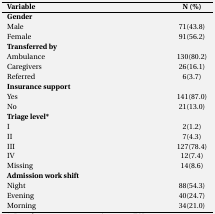
<table><thead><tr><td><b>Variable</b></td><td><b>N (%)</b></td></tr><tr><td><b>Gender</b></td><td></td></tr></thead><tbody><tr><td>Male</td><td>71(43.8)</td></tr><tr><td>Female</td><td>91(56.2)</td></tr><tr><td><b>Transferred by</b></td><td></td></tr><tr><td>Ambulance</td><td>130(80.2)</td></tr><tr><td>Caregivers</td><td>26(16.1)</td></tr><tr><td>Referred</td><td>6(3.7)</td></tr><tr><td><b>Insurance support</b></td><td></td></tr><tr><td>Yes</td><td>141(87.0)</td></tr><tr><td>No</td><td>21(13.0)</td></tr><tr><td><b>Triage level</b>*</td><td></td></tr><tr><td>I</td><td>2(1.2)</td></tr><tr><td>II</td><td>7(4.3)</td></tr><tr><td>III</td><td>127(78.4)</td></tr><tr><td>IV</td><td>12(7.4)</td></tr><tr><td>Missing </td><td>14(8.6)</td></tr><tr><td colspan="2"><b>Admission work shift</b></td></tr><tr><td>Night</td><td>88(54.3)</td></tr><tr><td>Evening</td><td>40(24.7)</td></tr><tr><td>Morning </td><td>34(21.0)</td></tr></tbody></table>